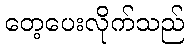
တေ့ပေးလိုက်သည်